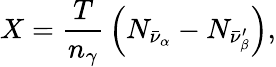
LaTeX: X={\frac{T}{n_{\gamma}}}\left(N_{\bar{\nu}_{\alpha}}-N_{\bar{\nu}_{\beta}^{\prime}}\right),